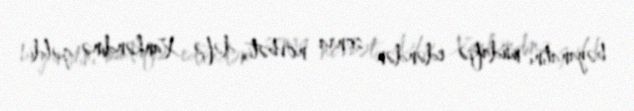
bəyanatını müdafiə edəndən sonra növbəti dəfə Xankəndinə gəldi.